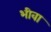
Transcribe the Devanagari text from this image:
भीवा